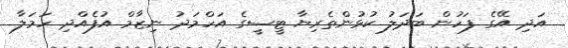
އަދި އޭގެ ފަހުން ބަދަލު ކުޅުންތެރިޔާ ޓީސީގެ އަހްމަދު ނިޒާމް އުފެއްދި ހަމަލާ